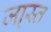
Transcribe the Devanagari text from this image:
जा्स्त